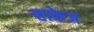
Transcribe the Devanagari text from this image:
हाकेज